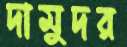
দামুদর